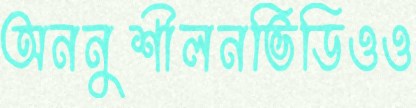
অননুশীলনভিডিওও